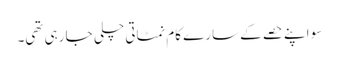
سو اپنے حصے کے سارے کام نمٹاتی چلی جا رہی تھی۔